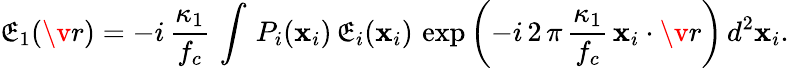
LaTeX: \mathfrak{E}_{1}(\v{r})=-i\, \frac{{\kappa_{1}}}{{f_{c}}}\, \int\, P_{i}(\mathbf{{x}}_{i})\, \mathfrak{E}_{i}(\mathbf{{x}}_{i})\, \exp\left(-i\, 2\, \pi\, \frac{{\kappa_{1}}}{{f_{c}}}\, \mathbf{{x}}_{i}\cdot\v{r}\right)\, d^{2}\mathbf{{x}}_{i}.